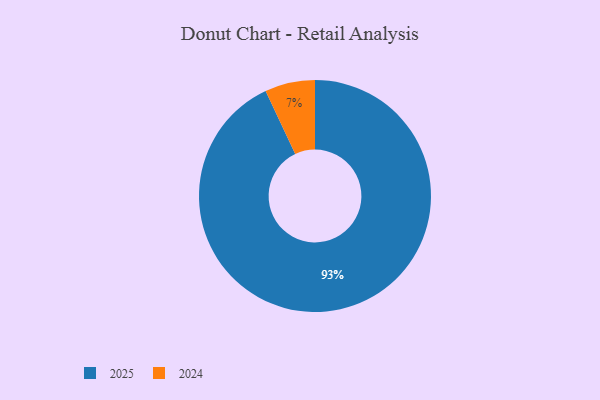
{"axis": {"x": "Category", "y": "Percentage"}, "legend": ["2024", "2025"], "data": [{"x": "2024", "y": 7, "type": "2024"}, {"x": "2025", "y": 93, "type": "2025"}]}